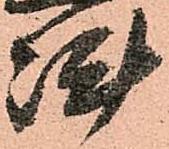
陣